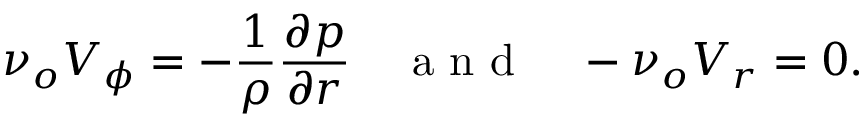
\nu _ { o } V _ { \phi } = - \frac { 1 } { \rho } \frac { \partial p } { \partial r } \quad \textrm { a n d } \quad - \nu _ { o } V _ { r } = 0 .